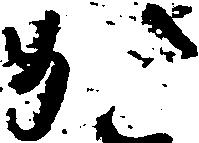
か